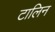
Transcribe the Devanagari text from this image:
टालिन